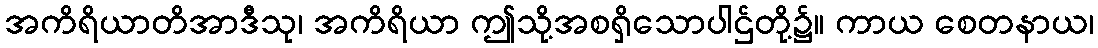
အကိရိယာတိအာဒီသု၊ အကိရိယာ ဤသို့အစရှိသောပါဌ်တို့၌။ ကာယ စေတနာယ၊